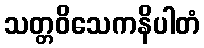
သတ္တဝိသေကနိပါတံ